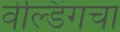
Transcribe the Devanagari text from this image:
वेल्डिंगचा